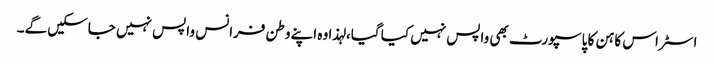
اسٹراس کاہن کا پاسپورٹ بھی واپس نہیں کیا گیا، لہذا وہ اپنے وطن فرانس واپس نہیں جاسکیں گے۔